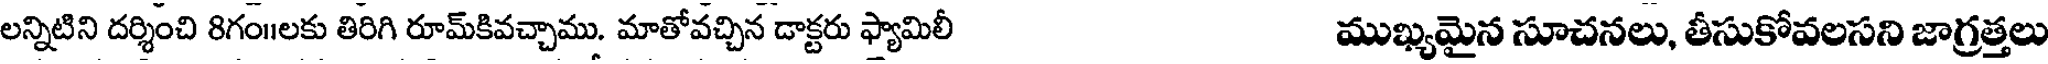
లన్నిటిని దర్శించి 8గం॥లకు తిరిగి రూమ్కివచ్చాము. మాతోవచ్చిన డాక్టరు ఫ్యామిలీ ముఖ్యమైన సూచనలు, తీసుకోవలసని జాగ్రత్తలు